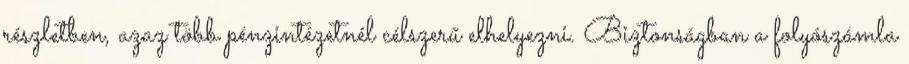
részletben, azaz több pénzintézetnél célszerű elhelyezni. Biztonságban a folyószámla